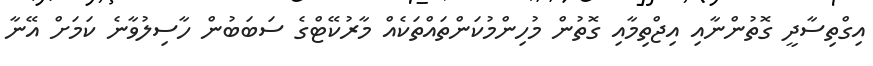
އިގްތިސާދީ ގޮތުންނާއި އިޖްތިމާއި ގޮތުން މުހިންމުކަންތައްތަކެއް މާރުކޭޓްގެ ސަބަބުން ހާސިލުވާނެ ކަމަށް އޭނާ